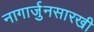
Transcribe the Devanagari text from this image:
नागार्जुनसारखी